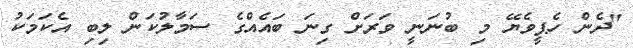
"ދެން ހެޕީވެޔޭ މި ބުނަނީ ވަރަށް ގިނަ ބައެއްގެ ސަމާލުކަން ލިބި އެކަމަކު